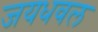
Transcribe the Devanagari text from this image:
जयधवल